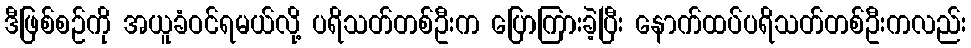
ဒီဖြစ်စဉ်ကို အယူခံဝင်ရမယ်လို့ ပရိသတ်တစ်ဦးက ပြောကြားခဲ့ပြီး နောက်ထပ်ပရိသတ်တစ်ဦးကလည်း